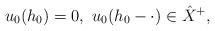
LaTeX: \begin{align*}u_0(h_0)=0,\,\, u_0(h_0-\cdot)\in\hat X^+,\end{align*}